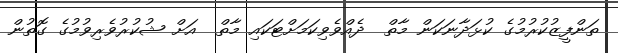
ތަންފީޒުކުރުމުގެ ކުޅަދާނަކަން މާތް  ދެއްވެވިކަމަށްޓަކައި މާތް  އަށް ޝުކުރުވެރިވުމުގެ ގޮތުން